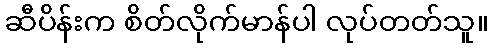
ဆီပိန်းက စိတ်လိုက်မာန်ပါ လုပ်တတ်သူ။